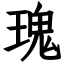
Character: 瑰